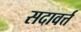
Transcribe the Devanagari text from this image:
सदावर्त्त